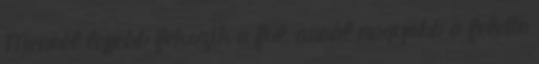
Mennél lejjebb fekszik a fül, annál nagyobb a felette